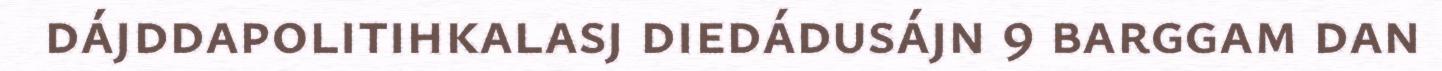
dájddapolitihkalasj diedádusájn 9 barggam dan